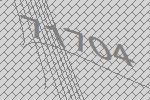
71704